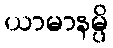
ယာမာနမ္ပိ